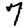
Digit: 7